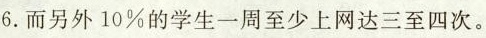
6.而另外10%的学生一周至少上网达三至四次。